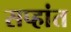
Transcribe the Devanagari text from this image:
सप्हांत